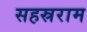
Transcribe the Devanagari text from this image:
सहस्रराम